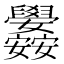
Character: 𮍳